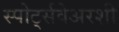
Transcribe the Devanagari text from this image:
स्पोर्ट्सवेअरशी